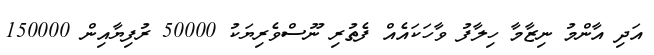
އަދި އާންމު ނިޒާމާ ހިލާފު ވާހަކައެއް ފެތުރި ނޫސްވެރިޔަކު 50000 ރުފިޔާއިން 150000